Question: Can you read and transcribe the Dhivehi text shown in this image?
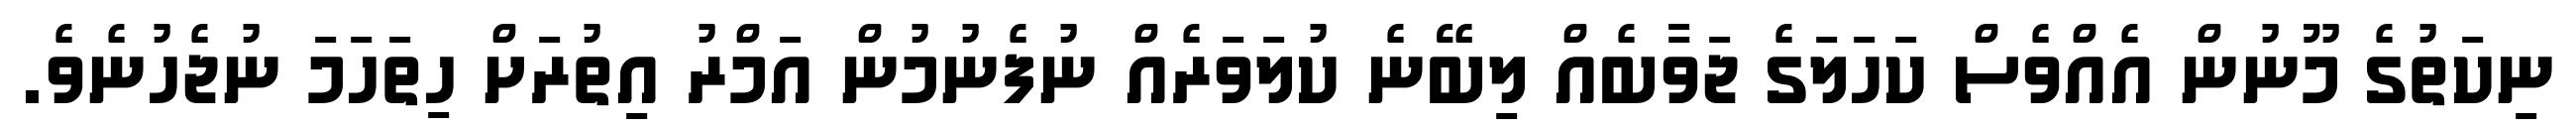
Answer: ނިކަތުގެ މޫނުން އެއްވެސް ކަހަލަގެ ޖަވާބެއް ލިބޭނެ ކުލަވަރެއް ނުފެނުމުން އަމްރު އިތުރަށް ހިތަހަމަ ނުޖެހުނެވެ.